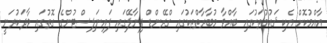
އާއްމުކޮށް އެކި ޤައުމުތަކުގައި ބާއްވާ މުބާރާތްތަކުގައި ގްރޭންޑް ފިނާލޭގައި ފައިނަލިސްޓުންގެ ގޮތުގައި ވާދަކުރަނީ